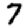
Digit: 7